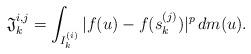
LaTeX: \begin{align*}\mathfrak{J}_k^{i,j}=\int_{I_k^{(i)}}|f(u)-f(s_k^{(j)})|^p\,dm(u).\end{align*}